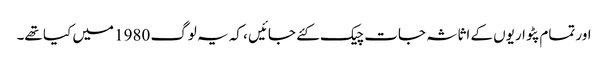
اور تمام پٹواریوں کے اثاثہ جات چیک کئے جائیں ، کہ یہ لوگ 1980 میں کیا تھے۔